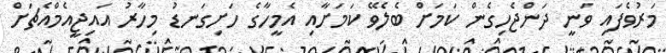
މަރުވެފައި ވަނީ ދަންޖެހިގެން ކަމަށް ބެލެވޭ ކަމަށާއި އެމީހާގެ ހަށިގަނޑު މިހާރު އައިޖީއެމްއެޗަށް